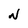
Character: N